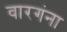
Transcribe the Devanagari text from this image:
वारगंना